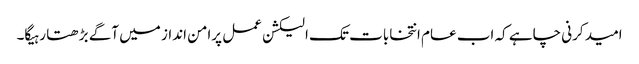
امید کرنی چاہے کہ اب عام انتخابات تک الیکشن عمل پرامن انداز میں آگے بڑھتا رہیگا۔